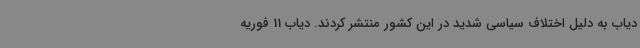
دیاب به دلیل اختلاف سیاسی شدید در این کشور منتشر کردند. دیاب 11 فوریه